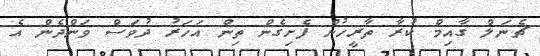
ޗެނަލް ގާއިމް ކުރާ ތާރީހުން ފެށިގެން ތިން އަހަރު ދުވަސް ވަންދެން އެ